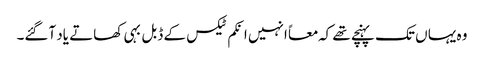
وہ یہا ں تک پہنچے تھے کہ معاً انہیں انکم ٹیکس کے ڈبل بہی کھاتے یاد آگئے۔